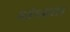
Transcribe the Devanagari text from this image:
बांध्यता